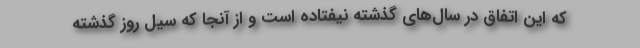
که این اتفاق در سال‌های گذشته نیفتاده است و از آنجا که سیل روز گذشته